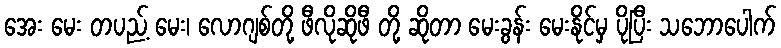
အေး မေး တပည့် မေး၊ လောဂျစ်တို့ ဖီလိုဆိုဖီ တို့ ဆိုတာ မေးခွန်း မေးနိုင်မှ ပိုပြီး သဘောပေါက်